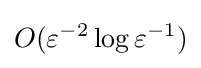
O(\varepsilon ^{-2}\log \varepsilon ^{-1})